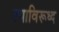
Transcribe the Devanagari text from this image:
त्याविरूध्द